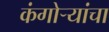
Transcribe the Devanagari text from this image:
कंगोर्‍यांचा